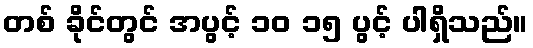
တစ် ခိုင်တွင် အပွင့် ၁၀ ၁၅ ပွင့် ပါရှိသည်။